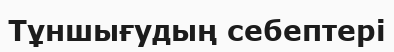
Тұншығудың себептері